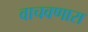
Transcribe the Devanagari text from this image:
वाचवणारा